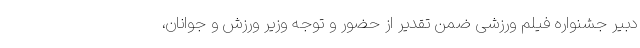
دبیر جشنواره فیلم ورزشی ضمن تقدیر از حضور و توجه وزیر ورزش و جوانان،